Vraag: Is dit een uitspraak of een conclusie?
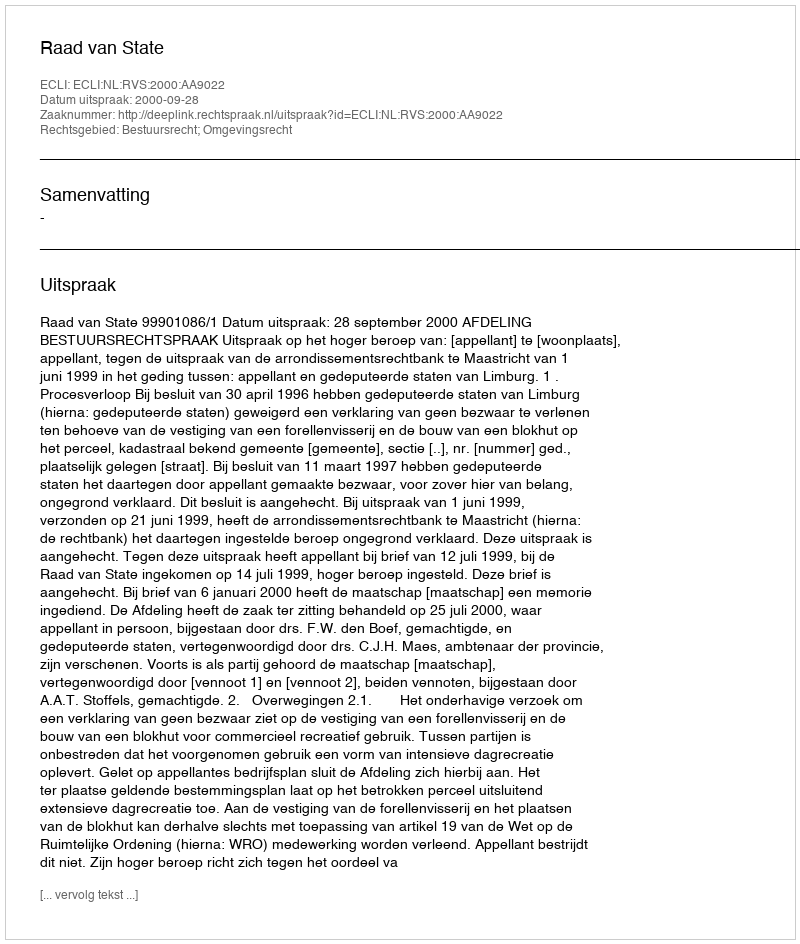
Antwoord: Uitspraak